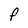
Character: F